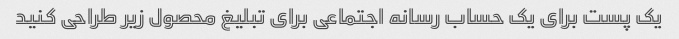
یک پست برای یک حساب رسانه اجتماعی برای تبلیغ محصول زیر طراحی کنید